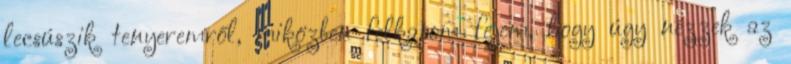
lecsúszik tenyeremről, miközben felkapom fejem, hogy úgy nézzek az